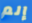
إلم